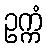
ဥက္ကံ